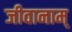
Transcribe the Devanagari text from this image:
जीवानाम्‌